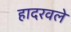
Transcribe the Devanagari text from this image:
हादरवले